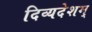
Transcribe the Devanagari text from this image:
दिव्यदेशम्